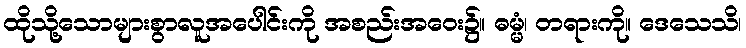
ထိုသို့သောများစွာလူအပေါင်းကို အစည်းအဝေး၌။ ဓမ္မံ၊ တရားကို။ ဒေသေသိ၊